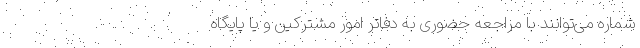
شماره می‌توانند با مراجعه حضوری به دفاتر امور مشترکین و یا پایگاه